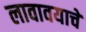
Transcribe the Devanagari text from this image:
लावावयाचे